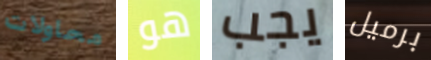
محاولات هو يجب برميل